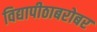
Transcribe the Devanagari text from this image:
विद्यापीठाबरोबर